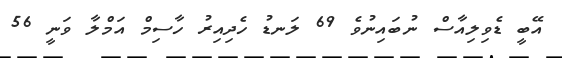
އޭބީ ޑެވިލިއާސް ނުބައިނުވެ 69 ލަނޑު ހެދިއިރު ހާސިމް އަމްލާ ވަނީ 56